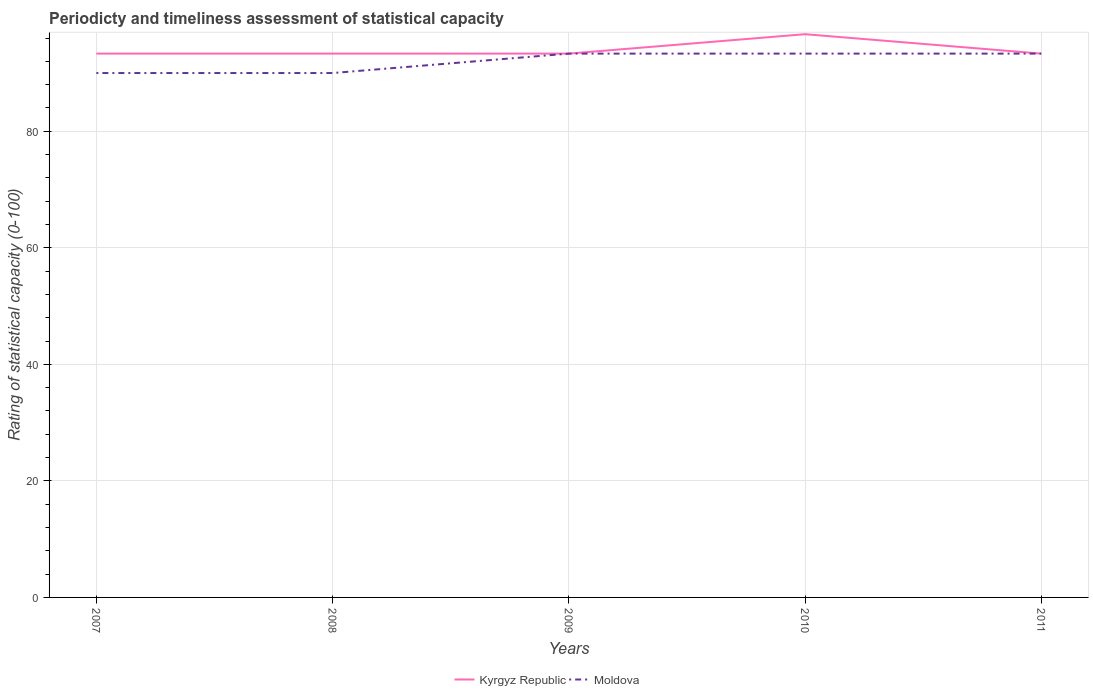
| Years | Kyrgyz Republic | Moldova |
 | --- | --- | --- |
 | 2007 | 93.3 | 90 |
 | 2008 | 93.3 | 90 |
 | 2009 | 93.3 | 93.3 |
 | 2010 | 96.7 | 93.3 |
 | 2011 | 93.3 | 93.3 |